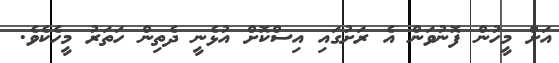
އަށް މީހުން ފޮނުވަން އެ ރަށުގައި އިސްކޮށް އުޅެނީ ދެތިން ހަތަރު މީހެކެވެ.